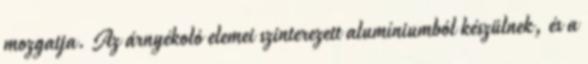
mozgatja. Az árnyékoló elemei szinterezett alumíniumból készülnek, és a